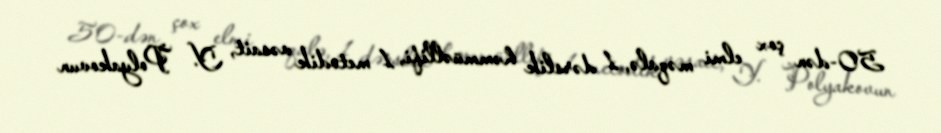
50-dən çox elmi məqalə, 1 dərslik həmmüəllifi, 1 metodik vəsait, Y. Polyakovun